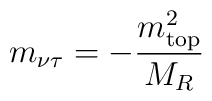
m_{\nu \tau} = - \frac{m_{\rm top}^{2}}{ M_R}